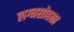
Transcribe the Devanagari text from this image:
लग्नसोहळा